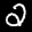
Label: 2